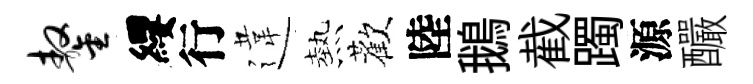
鏊纓行違熱歡陸鵝截躅源釅